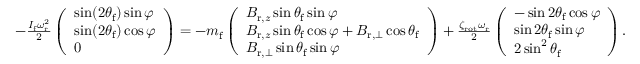
\begin{array} { r } { - \frac { I _ { \mathrm { f } } \omega _ { \mathrm { r } } ^ { 2 } } { 2 } \left( \begin{array} { l } { \sin ( 2 \theta _ { \mathrm { f } } ) \sin \varphi } \\ { \sin ( 2 \theta _ { \mathrm { f } } ) \cos \varphi } \\ { 0 } \end{array} \right) = - m _ { \mathrm { f } } \left( \begin{array} { l } { B _ { \mathrm { r } , z } \sin \theta _ { \mathrm { f } } \sin \varphi } \\ { B _ { \mathrm { r } , z } \sin \theta _ { \mathrm { f } } \cos \varphi + B _ { \mathrm { r } , \perp } \cos \theta _ { \mathrm { f } } } \\ { B _ { \mathrm { r } , \perp } \sin \theta _ { \mathrm { f } } \sin \varphi } \end{array} \right) + \frac { \zeta _ { \mathrm { r o t } } \omega _ { \mathrm { r } } } { 2 } \left( \begin{array} { l } { - \sin 2 \theta _ { \mathrm { f } } \cos \varphi } \\ { \sin 2 \theta _ { \mathrm { f } } \sin \varphi } \\ { 2 \sin ^ { 2 } \theta _ { \mathrm { f } } } \end{array} \right) . } \end{array}